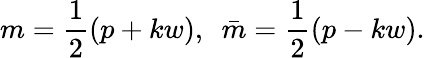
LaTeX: m=\frac{1}{2}(p+kw),~~\bar{m}=\frac{1}{2}(p-kw).